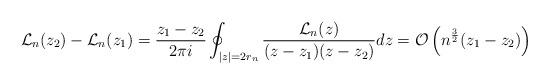
LaTeX: \begin{align*}\mathcal L_n(z_2)- \mathcal L_n(z_1) = \frac{z_1-z_2}{2\pi i} \oint_{|z|=2 r_n} \frac{\mathcal L_n(z)}{(z-z_1)(z-z_2)} dz = \mathcal O\left(n^{\frac{3}{2}}(z_1-z_2)\right) \end{align*}